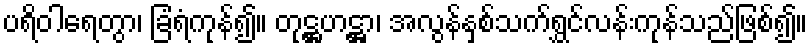
ပရိဝါရေတွာ၊ ခြံရံကုန်၍။ တုဋ္ဌဟဋ္ဌာ၊ အလွန်နှစ်သက်ရွှင်လန်းကုန်သည်ဖြစ်၍။